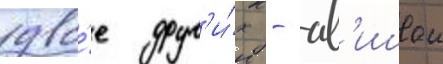
дво́е друг'и́х - ав'ишаи